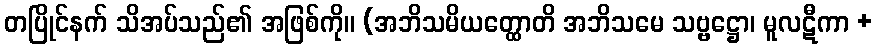
တပြိုင်နက် သိအပ်သည်၏ အဖြစ်ကို။ (အဘိသမိယတ္ထောတိ အဘိသမေ သဗ္ဗဋ္ဌော၊ မူလဋီကာ +